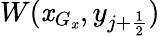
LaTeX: W(\mathit{x}_{G_{\mathit{x}}},y_{j+\frac{{1}}{{2}}})